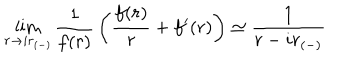
\lim _ { r \rightarrow i r _ { ( - ) } } { \frac { 1 } { f ( r ) } } \left( { \frac { f ( r ) } { r } } + f ^ { \prime } ( r ) \right) \simeq { \frac { 1 } { r - i r _ { ( - ) } } }